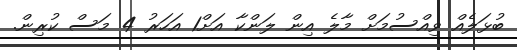
ބުޅަލެއް ވިއްސުމަށް މާލެ އިން ލަންކާ އަށް1 އަހަރު 4 މަސް ކުރިން.